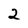
Character: 2